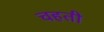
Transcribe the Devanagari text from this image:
चहती